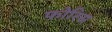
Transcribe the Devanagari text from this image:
फोरिस